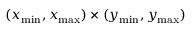
( x _ { \mathrm { m i n } } , x _ { \mathrm { m a x } } ) \times ( y _ { \mathrm { m i n } } , y _ { \mathrm { m a x } } )